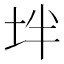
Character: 坢